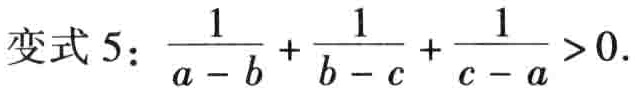
变式 5：\(\frac{1}{a - b} + \frac{1}{b - c} + \frac{1}{c - a} > 0\)